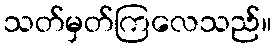
သတ်မှတ်ကြလေသည်။